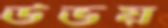
উভয়